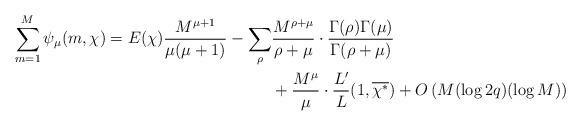
LaTeX: \begin{align*}\sum_{m=1}^M\psi_\mu(m,\chi)=E(\chi)\frac{M^{\mu+1}}{\mu(\mu+1)}-\sum_\rho&\frac{M^{\rho+\mu}}{\rho+\mu}\cdot\frac{\Gamma(\rho)\Gamma(\mu)}{\Gamma(\rho+\mu)}\\&+\frac{M^\mu}{\mu}\cdot\frac{L'}{L}(1,\overline{\chi^\ast})+O\left(M(\log2q)(\log M)\right)\end{align*}